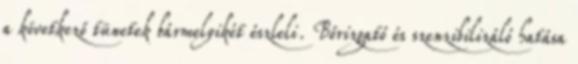
a következő tünetek bármelyikét észleli. Bőrizgató és szenzibilizáló hatása